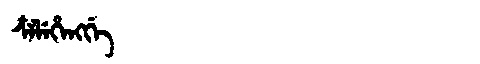
Manchu: ᠴᠶᠯᡝᡥᡝᠩᡤᡝ
Romanization: CYLEHENGGE